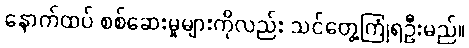
နောက်ထပ် စစ်ဆေးမှုများကိုလည်း သင်တွေ့ကြုံရဦးမည်။